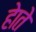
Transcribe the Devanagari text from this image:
हेाते